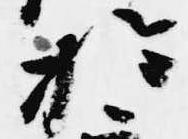
於